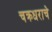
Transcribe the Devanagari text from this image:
चक्रधराचे